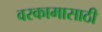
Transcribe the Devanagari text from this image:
वरकामासाठी